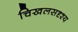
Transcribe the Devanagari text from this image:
चिखलसदृश्य